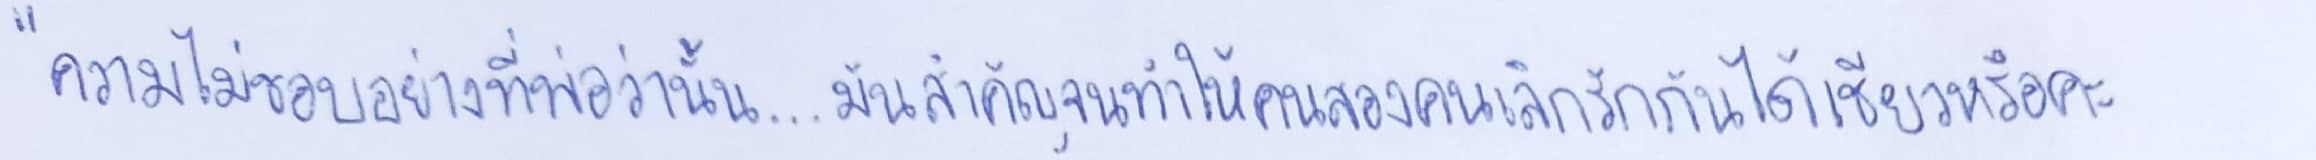
"ความไม่ชอบอย่างที่พ่อว่านั้น...มันสำคัญจนทำให้คนสองคนเลิกรักกันได้เชียวหรือคะ